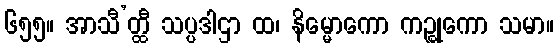
၆၅၅။ အာသီ’တ္ထီ သပ္ပဒါဌာ ထ၊ နိမ္မောကော ကဉ္စုကော သမာ။